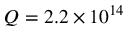
Q = 2 . 2 \times 1 0 ^ { 1 4 }